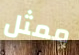
ممثل